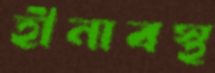
হীনাবস্থ